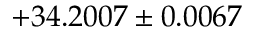
+ 3 4 . 2 0 0 7 \pm 0 . 0 0 6 7